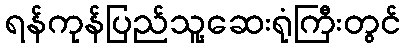
ရန်ကုန်ပြည်သူ့ဆေးရုံကြီးတွင်